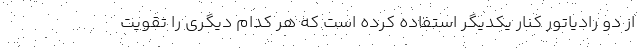
از دو رادیاتور کنار یکدیگر استفاده کرده است که هر کدام دیگری را تقویت